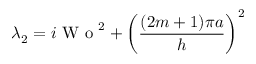
\lambda _ { 2 } = i \textrm { W o } ^ { 2 } + \left( \frac { ( 2 m + 1 ) \pi a } { h } \right) ^ { 2 }